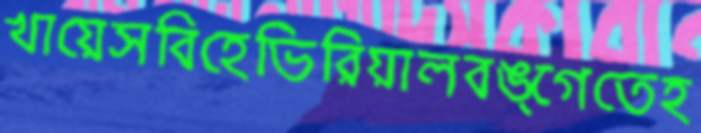
খায়েসবিহেভিরিয়ালবঙ্গেতেহ